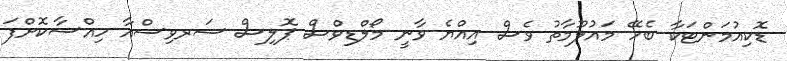
ޑޮކިއުމަންޓަކާ ބެހޭ މައުލޫމާތު ވެސް އިއްޔެ ވާނީ މޯލްޑިވްސް ޕޮލިސް ސަރވިސްއާ ހިއްސާކޮށްފަ